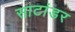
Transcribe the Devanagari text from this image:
साटांडर